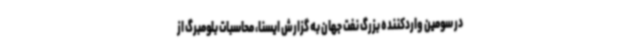
در سومین واردکننده بزرگ نفت جهان به گزارش ایسنا، محاسبات بلومبرگ از